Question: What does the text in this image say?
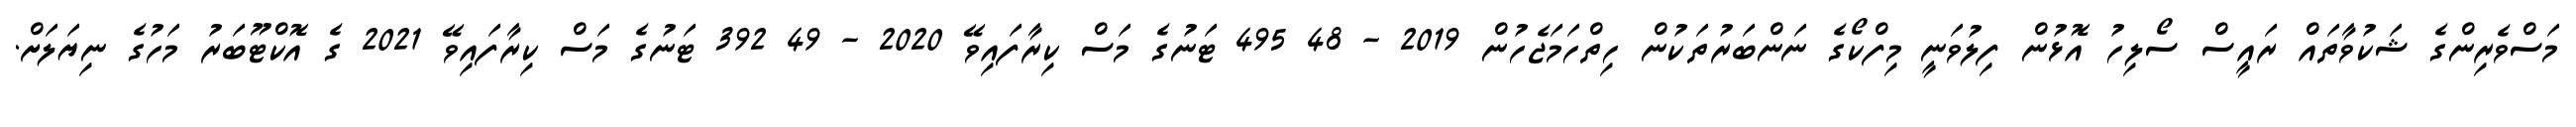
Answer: މަސްވެރިންގެ ޝަކުވާތައް ރައީސް ސޯލިހު އޮޅުން ފިލުވަނީ މިފްކޯގެ ނަންބަރުތަކުން ހިތްހަމަޖެހުން 2019 - 48 495 ޓަނުގެ މަސް ކިރާފައިވޭ 2020 - 49 392 ޓަނުގެ މަސް ކިރާފައިވޭ 2021 ގެ އޮކްޓޫބަރު މަހުގެ ނިޔަލަށް.